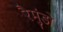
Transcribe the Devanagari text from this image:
रैमुंडो